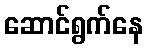
ဆောင်ရွက်နေ